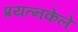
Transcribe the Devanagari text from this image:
प्रयत्‍नकेले